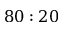
8 0 : 2 0